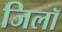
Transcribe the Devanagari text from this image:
जिलॉ